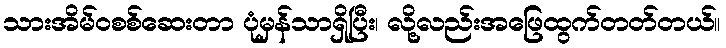
သားအိမ်ဝစစ်ဆေးတာ ပုံမှန်သာရှိပြီး၊ လို့လည်းအဖြေထွက်တတ်တယ်။